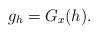
LaTeX: \begin{align*}g_h = G_x(h) .\end{align*}